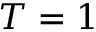
T = 1